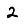
Digit: 2